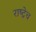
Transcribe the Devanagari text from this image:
राष्ट्रेच